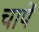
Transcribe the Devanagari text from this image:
चापें